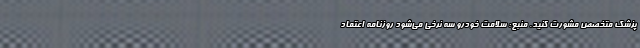
پزشک متخصص مشورت کنید. منبع: سلامت خودرو سه نرخی می‌شود روزنامه اعتماد